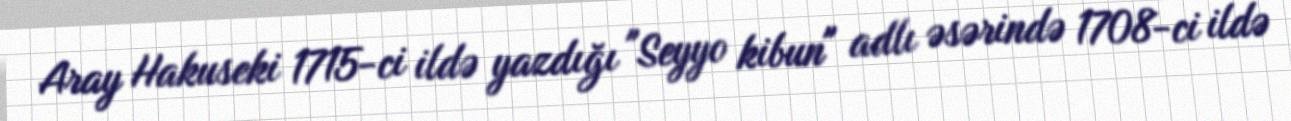
Aray Hakuseki 1715-ci ildə yazdığı "Seyyo kibun" adlı əsərində 1708-ci ildə